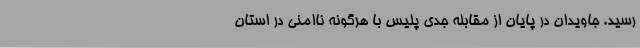
رسید. جاویدان در پایان از مقابله جدی پلیس با هرگونه ناامنی در استان